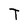
Character: T